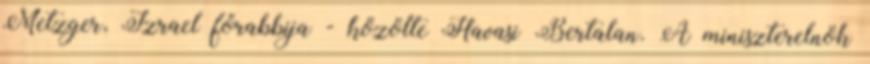
Metzger, Izrael főrabbija - közölte Havasi Bertalan. A miniszterelnök